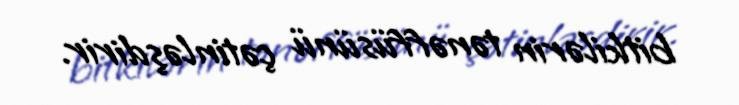
bitkilərin tənəffüsünü çətinləşdirir.